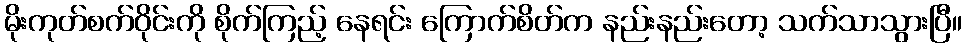
မိုးကုတ်စက်ဝိုင်းကို စိုက်ကြည့် နေရင်း ကြောက်စိတ်က နည်းနည်းတော့ သက်သာသွားပြီ။